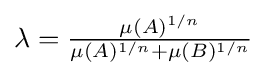
{\textstyle \lambda ={\frac {\mu (A)^{1/n}}{\mu (A)^{1/n}+\mu (B)^{1/n}}}}